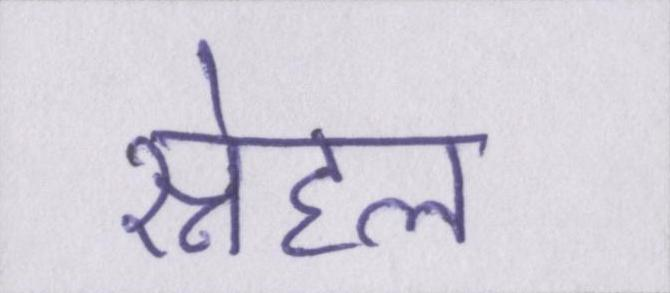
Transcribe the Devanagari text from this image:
स्नेहल